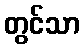
တွင်သာ